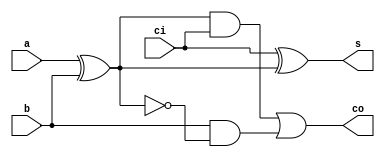
// fulladd.v - one bit full adder using Verilog gate-level modeling
//
// <Rahul Marathe>
// <25th Sept 2017>
//
// Description:
// ------------
// 1 Bit Full Adder with Two 1 Bit Inputs A,B and Carry_in.Sum and Carry as Outputs. 
//
module fulladd (
	input	a, b,
	input	ci,
	output	s,
	output	co
);

wire s1,s2,s3,s4,s5;                // Internal Wires


xor                                // Assignments of Inputs and Outputs using Gate level Modelling
xor1 (s1,a,b),
xor2( s,ci,s1);

and
and1(s3,b,s2),
and2 (s4,s1,ci);

not (s2,s1);

or(co,s4,s3);


endmodule